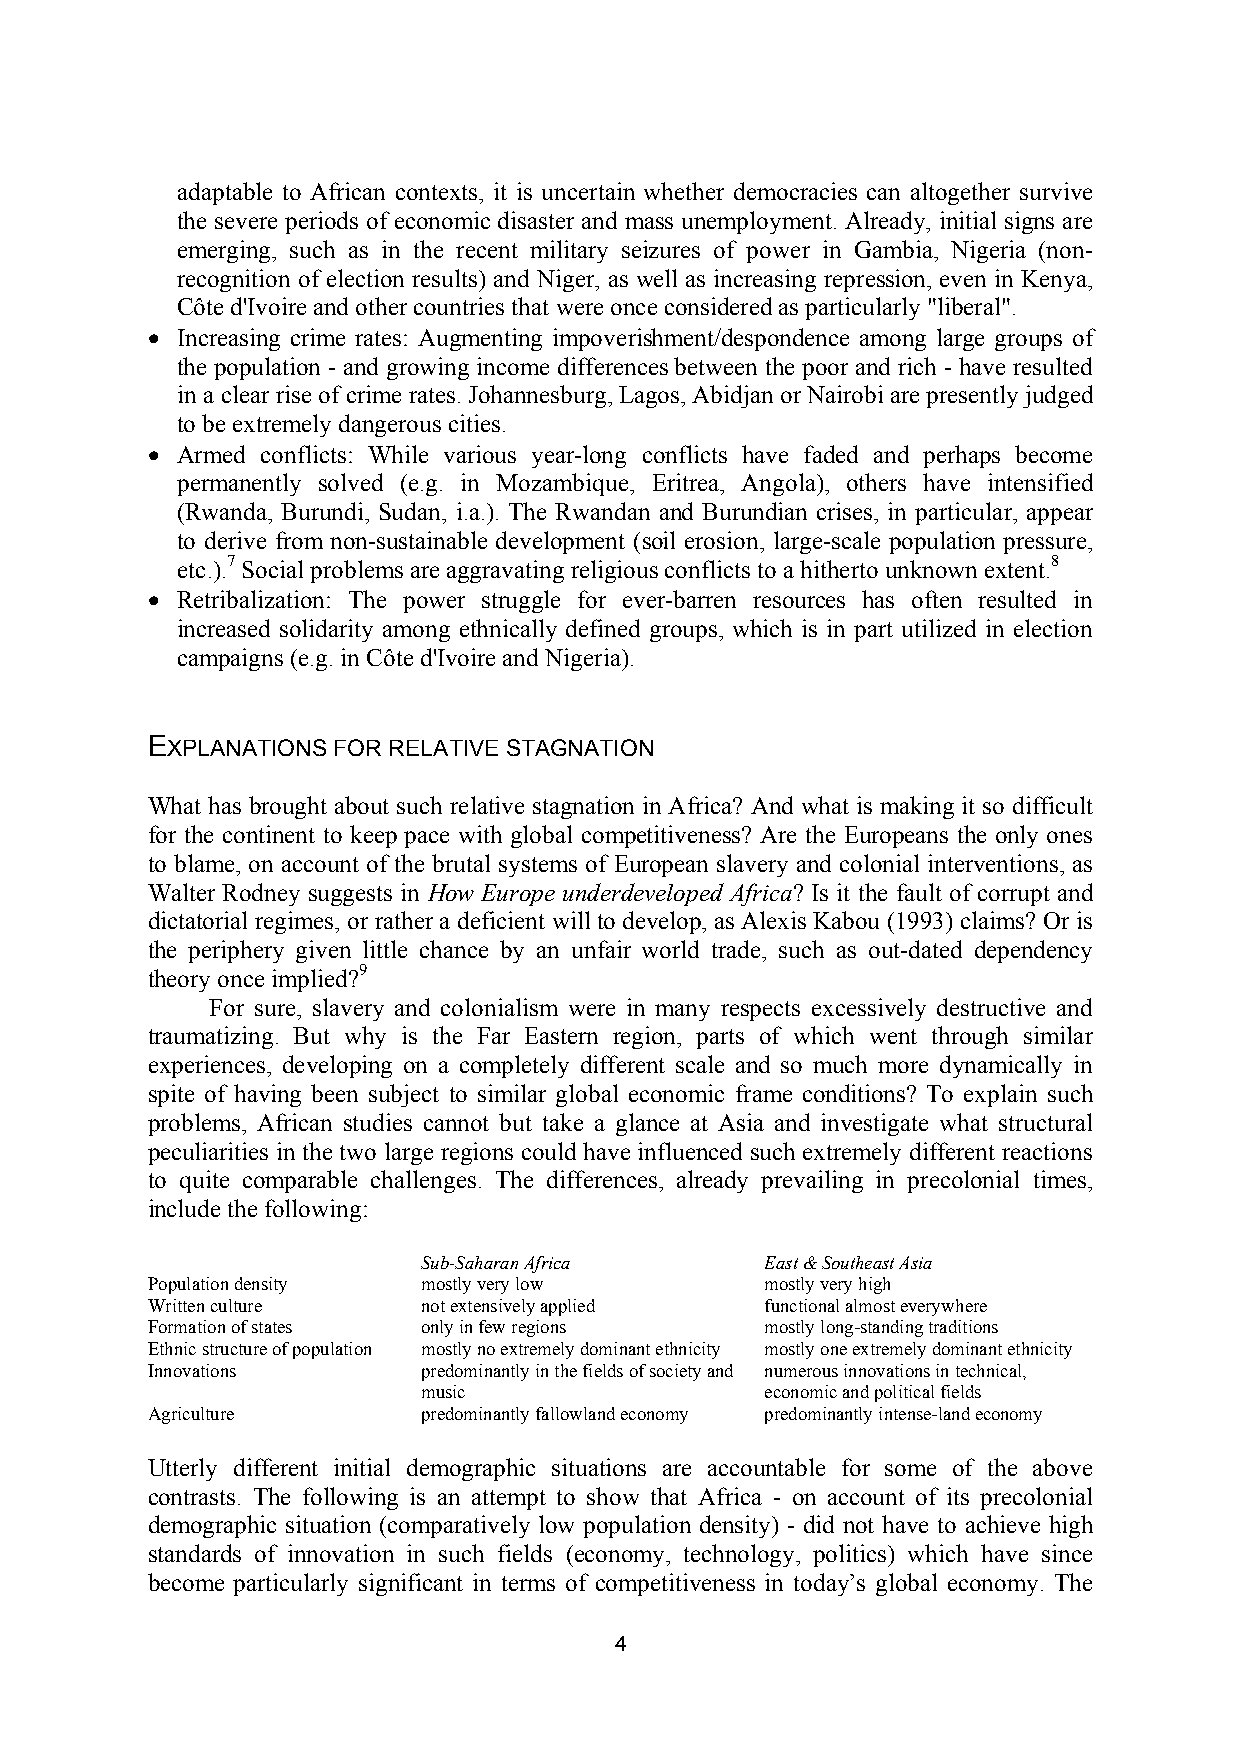
adaptable to African contexts, it is uncertain whether democracies can altogether survive
 the severe periods of economic disaster and mass unemployment. Already, initial signs are
 emerging, such as in the recent military seizures of power in Gambia, Nigeria (non-
 recognition of election results) and Niger, as well as increasing repression, even in Kenya,
 Côte d'Ivoire and other countries that were once considered as particularly "liberal".
 • Increasing crime rates: Augmenting impoverishment/despondence among large groups of
 the population - and growing income differences between the poor and rich - have resulted
 in a clear rise of crime rates. Johannesburg, Lagos, Abidjan or Nairobi are presently judged
 to be extremely dangerous cities.
 • Armed conflicts: While various year-long conflicts have faded and perhaps become
 permanently solved (e.g. in Mozambique, Eritrea, Angola), others have intensified
 (Rwanda, Burundi, Sudan, i.a.). The Rwandan and Burundian crises, in particular, appear
 to derive from non-sustainable development (soil erosion, large-scale population pressure,
 etc.).7 Social problems are aggravating religious conflicts to a hitherto unknown extent.8
 • Retribalization: The power struggle for ever-barren resources has often resulted in
 increased solidarity among ethnically defined groups, which is in part utilized in election
 campaigns (e.g. in Côte d'Ivoire and Nigeria).
 EXPLANATIONS FOR RELATIVE STAGNATION
 What has brought about such relative stagnation in Africa? And what is making it so difficult
 for the continent to keep pace with global competitiveness? Are the Europeans the only ones
 to blame, on account of the brutal systems of European slavery and colonial interventions, as
 Walter Rodney suggests in How Europe underdeveloped Africa? Is it the fault of corrupt and
 dictatorial regimes, or rather a deficient will to develop, as Alexis Kabou (1993) claims? Or is
 the periphery given little chance by an unfair world trade, such as out-dated dependency
 theory once implied?9
 For sure, slavery and colonialism were in many respects excessively destructive and
 traumatizing. But why is the Far Eastern region, parts of which went through similar
 experiences, developing on a completely different scale and so much more dynamically in
 spite of having been subject to similar global economic frame conditions? To explain such
 problems, African studies cannot but take a glance at Asia and investigate what structural
 peculiarities in the two large regions could have influenced such extremely different reactions
 to quite comparable challenges. The differences, already prevailing in precolonial times,
 include the following:
 Sub-Saharan Africa     East & Southeast Asia
 Population density mostly very low       mostly very high
 Written culture   not extensively applied functional almost everywhere
 Formation of states only in few regions  mostly long-standing traditions
 Ethnic structure of population mostly no extremely dominant ethnicity mostly one extremely dominant ethnicity
 Innovations       predominantly in the fields of society and numerous innovations in technical,
 music                  economic and political fields
 Agriculture       predominantly fallowland economy predominantly intense-land economy
 Utterly different initial demographic situations are accountable for some of the above
 contrasts. The following is an attempt to show that Africa - on account of its precolonial
 demographic situation (comparatively low population density) - did not have to achieve high
 standards of innovation in such fields (economy, technology, politics) which have since
 become particularly significant in terms of competitiveness in today’s global economy. The
 4